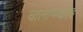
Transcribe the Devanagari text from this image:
चालामकोड